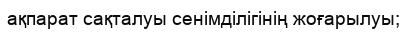
ақпарат сақталуы сенімділігінің жоғарылуы;